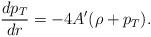
LaTeX: \begin{align*}{dp_T \over dr} = -4A'(\rho + p_T).\end{align*}